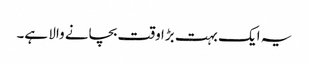
یہ ایک بہت بڑا وقت بچانے والا ہے۔